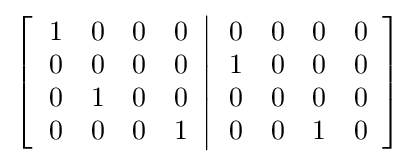
\left[\left.{\begin{array}{cccc}1&0&0&0\\0&0&0&0\\0&1&0&0\\0&0&0&1\end{array}}\right\vert {\begin{array}{cccc}0&0&0&0\\1&0&0&0\\0&0&0&0\\0&0&1&0\end{array}}\right]